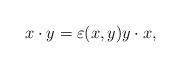
LaTeX: \begin{align*}x\cdot y= \varepsilon(x, y) y\cdot x,\end{align*}